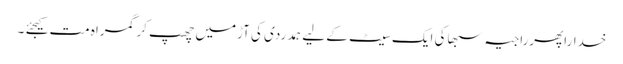
خداراپھرراجیہ سبھاکی ایک سیٹ کے لیے ہمدردی کی آڑمیں چھپ کر گمراہ مت کیجئے ۔